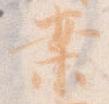
案